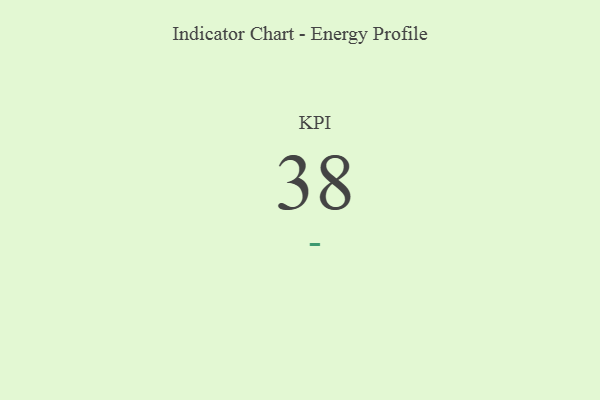
{"axis": {"x": "KPI", "y": "Value"}, "legend": [""], "data": [{"x": "KPI", "y": 38, "type": ""}]}